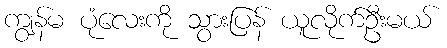
ကျွန်မ ပုံလေးကို သွားပြန် ယူလိုက်ဦးမယ်